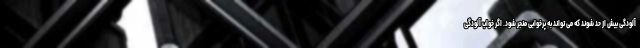
آلودگی بیش از حد شوند که می تواند به پرخوابی منجر شود. اگر خواب آلودگی